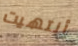
أنتهيت